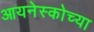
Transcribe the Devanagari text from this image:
आयनेस्कोच्या